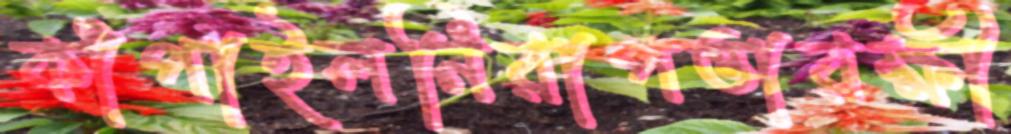
কাঁপাইলনিরাপত্তারক্ষী